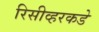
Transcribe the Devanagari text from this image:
रिसीव्हरकडे